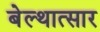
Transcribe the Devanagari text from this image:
बेल्थात्सार